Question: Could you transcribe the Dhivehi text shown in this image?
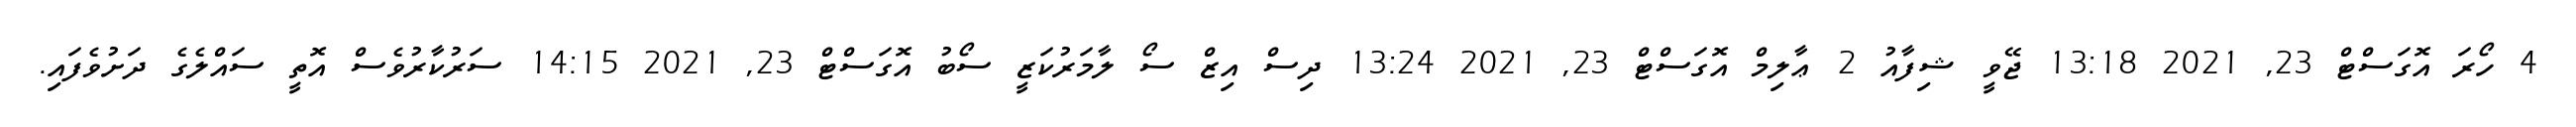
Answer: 4 ހޯރަ އޮގަސްޓް 23, 2021 13:18 ޖޭވީ ޝިފާއު 2 ޢާލިމް އޮގަސްޓް 23, 2021 13:24 ދިސް އިޒް ސޯ ލާމަރުކަޒީ ސޯބު އޮގަސްޓް 23, 2021 14:15 ސަރުކާރުވެސް އޮތީ ސައްލެގެ ދަށުވެފައި.